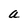
Character: a